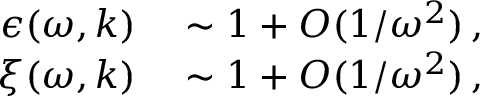
\begin{array} { r l } { \epsilon ( \omega , \boldsymbol { k } ) } & { { } \sim 1 + O ( 1 / \omega ^ { 2 } ) \, , } \\ { \xi ( \omega , \boldsymbol { k } ) } & { { } \sim 1 + O ( 1 / \omega ^ { 2 } ) \, , } \end{array}